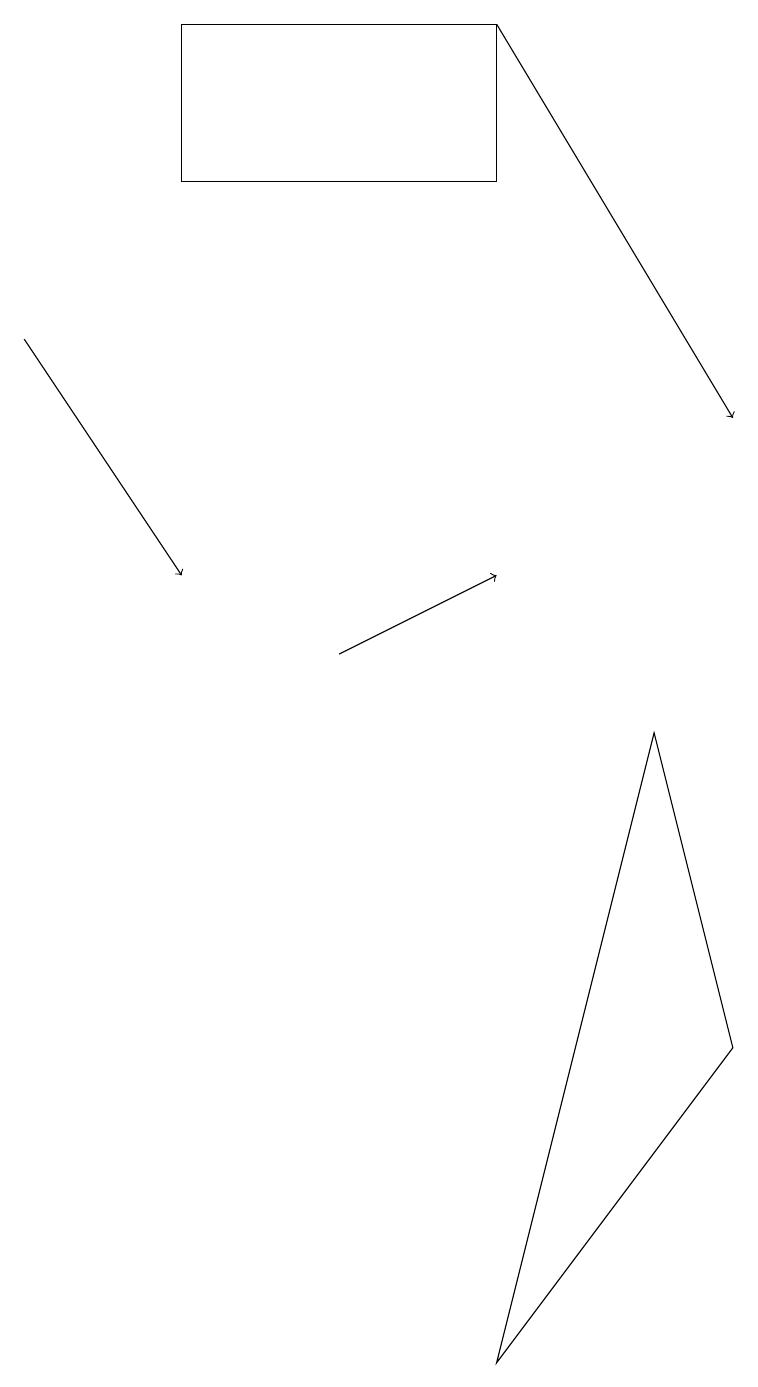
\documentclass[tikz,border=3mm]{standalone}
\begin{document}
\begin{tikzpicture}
\draw (6,18) rectangle (2,16);
\draw[->] (6,18) -- (9,13);
\draw (0,13) rectangle (0,13);
\draw (8,9) -- (9,5) -- (6,1) -- cycle;
\draw[->] (4,10) -- (6,11);
\draw[->] (0,14) -- (2,11);
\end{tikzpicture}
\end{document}